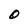
Character: O